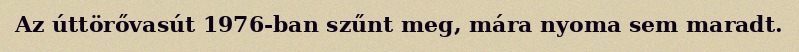
Az úttörővasút 1976-ban szűnt meg, mára nyoma sem maradt.